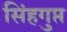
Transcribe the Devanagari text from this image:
सिंहगुप्त